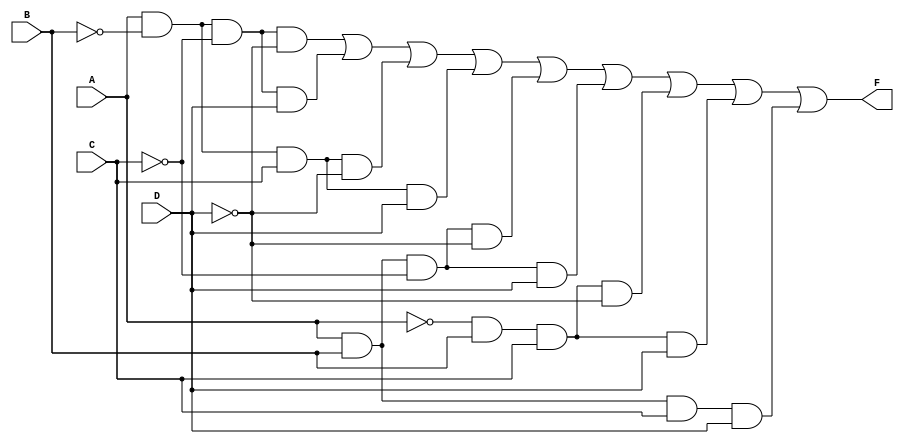
module four_variable_kmap (
    input wire A,  // Input variable A
    input wire B,  // Input variable B
    input wire C,  // Input variable C
    input wire D,  // Input variable D
    output wire F  // Output F
);

// K-map output logic based on the desired function
// This is a hypothetical function; modify according to your K-map simplification.
assign F = (A & ~B & ~C & ~D) |  // Cell (00,00)
           (A & ~B & ~C & D)  |  // Cell (00,01)
           (A & ~B & C & ~D)  |  // Cell (00,10)
           (A & ~B & C & D)   |  // Cell (00,11)
           (A & B & ~C & ~D)  |  // Cell (01,00)
           (A & B & ~C & D)   |  // Cell (01,01)
           (~A & B & C & ~D)  |  // Cell (10,00)
           (~A & B & C & D)   |  // Cell (10,01)
           (A & B & C & D);      // Cell (11,11)

// Alternative implementation using a case statement
// Uncomment the following section if you prefer using a case statement
/*
always @(*) begin
    case ({A, B, C, D})
        4'b0000: F = 1;  // Cell (00,00)
        4'b0001: F = 1;  // Cell (00,01)
        4'b0010: F = 1;  // Cell (00,10)
        4'b0011: F = 1;  // Cell (00,11)
        4'b0100: F = 1;  // Cell (01,00)
        4'b0101: F = 1;  // Cell (01,01)
        4'b1000: F = 1;  // Cell (10,00)
        4'b1001: F = 1;  // Cell (10,01)
        4'b1111: F = 1;  // Cell (11,11)
        default: F = 0;  // All other cells
    endcase
end
*/

endmodule